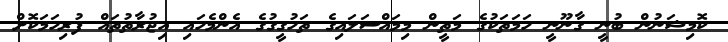
ކޮމިޝަނުން ބުނީ ގާނޫނީ ހަމަތަކުގެ މަތީން މިމައްސަލައިގެ ތަހުގީގުގެ އެންމެހައި އިޖުރާތުތައް ފުރިހަމަކޮށް